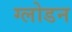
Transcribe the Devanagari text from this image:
ग्लोडन